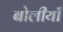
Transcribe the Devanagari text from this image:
बोलीयाँ